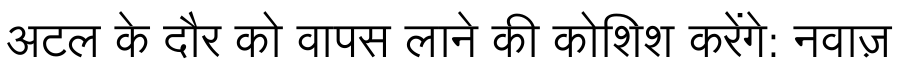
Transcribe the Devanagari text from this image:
अटल के दौर को वापस लाने की कोशिश करेंगे: नवाज़